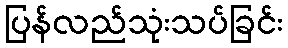
ပြန်လည်သုံးသပ်ခြင်း